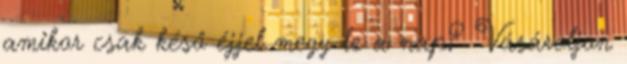
amikor csak késő éjjel megy le a nap? Vásároljon